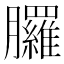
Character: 𦣇